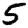
Digit: 5